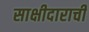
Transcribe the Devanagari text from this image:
साक्षीदाराची